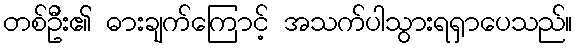
တစ်ဦး၏ ဓားချက်ကြောင့် အသက်ပါသွားရရှာပေသည်။